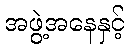
အဖွဲ့အနေနှင့်